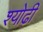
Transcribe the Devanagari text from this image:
श्योढ़ी